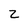
Character: Z